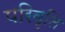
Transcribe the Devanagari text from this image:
परिवृति